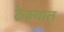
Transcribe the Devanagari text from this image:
ठेक्यात